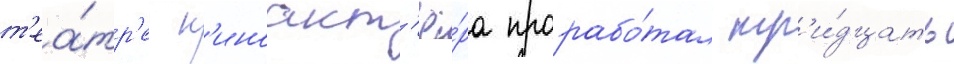
т'еа́тр'е к'иноакт'ё́ра прорабо́тал тр'и́дцать